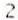
2